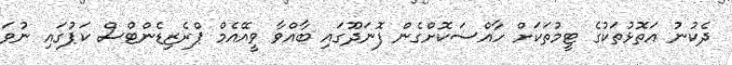
ދެކުނު އަތޮޅުތަކުގެ ޓީމުތަކަށް ހާއްސަކޮށްގެން ފޮނަދޫގައި ބާއްވާ ވީއޭއެމް ޕްރެޒިޑެންޓްސް ކަޕުގަައި ނުވަ